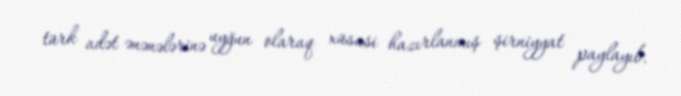
türk adət ənənələrinə uyğun olaraq xüsusi hazırlanmış şirniyyat paylayıb.